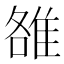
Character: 雒